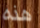
هذه